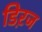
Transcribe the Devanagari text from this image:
डिऱज